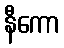
နီကော